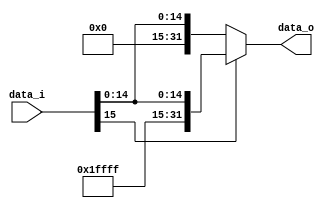
module Sign_Extend(
    input  [15:0] data_i,
    output [31:0] data_o
);
    localparam add_0 = 16'b0000000000000000;
    localparam add_1 = 16'b1111111111111111;

   assign data_o = (data_i[15]) ? {add_1,data_i} : {add_0,data_i};

endmodule